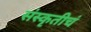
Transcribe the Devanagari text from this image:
संस्कृतीचं